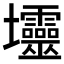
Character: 𱘟